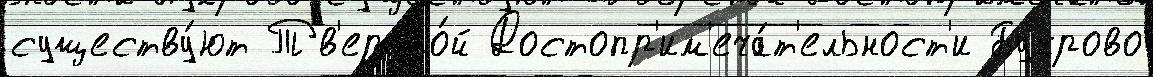
существу́ют Тв'ерско́й Достопр'им'еча́т'ельност'и Бухрово